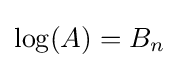
\log(A)=B_{n}~